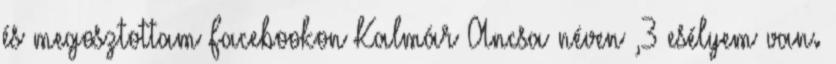
és megosztottam Facebookon Kalmár Ancsa néven ,3 esélyem van.